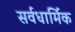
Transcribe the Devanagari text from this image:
सर्वधार्मिक